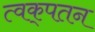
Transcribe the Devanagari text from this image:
त्वक्‌पतन